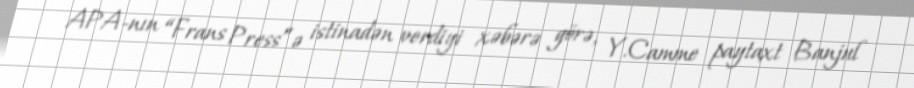
APA-nın “Frans Press”ə istinadən verdiyi xəbərə görə, Y.Camme paytaxt Banjul